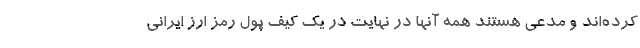
کرده‌اند و مدعی هستند همه آنها در نهایت در یک کیف پول رمز ارز ایرانی